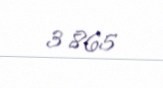
3 865